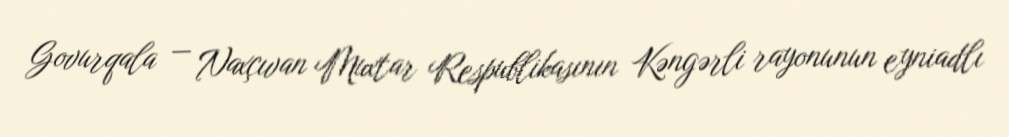
Govurqala — Naxçıvan Muxtar Respublikasının Kəngərli rayonunun eyniadlı